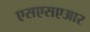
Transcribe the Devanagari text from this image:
एसएसएआर